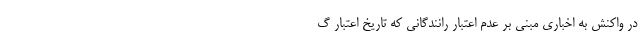
در واکنش به اخباری مبنی بر عدم اعتبار رانندگانی که تاریخ اعتبار گ